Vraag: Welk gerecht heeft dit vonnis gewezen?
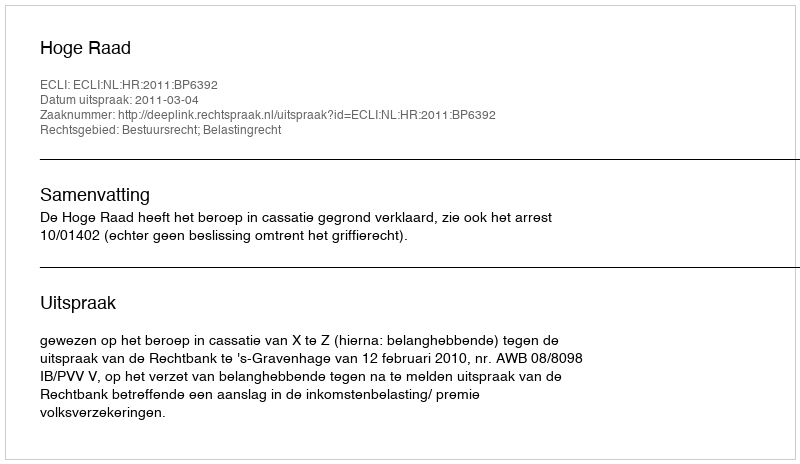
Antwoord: Hoge Raad